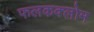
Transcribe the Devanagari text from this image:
फलकक्लोम